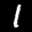
Label: 1